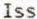
ISS